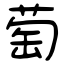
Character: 萄